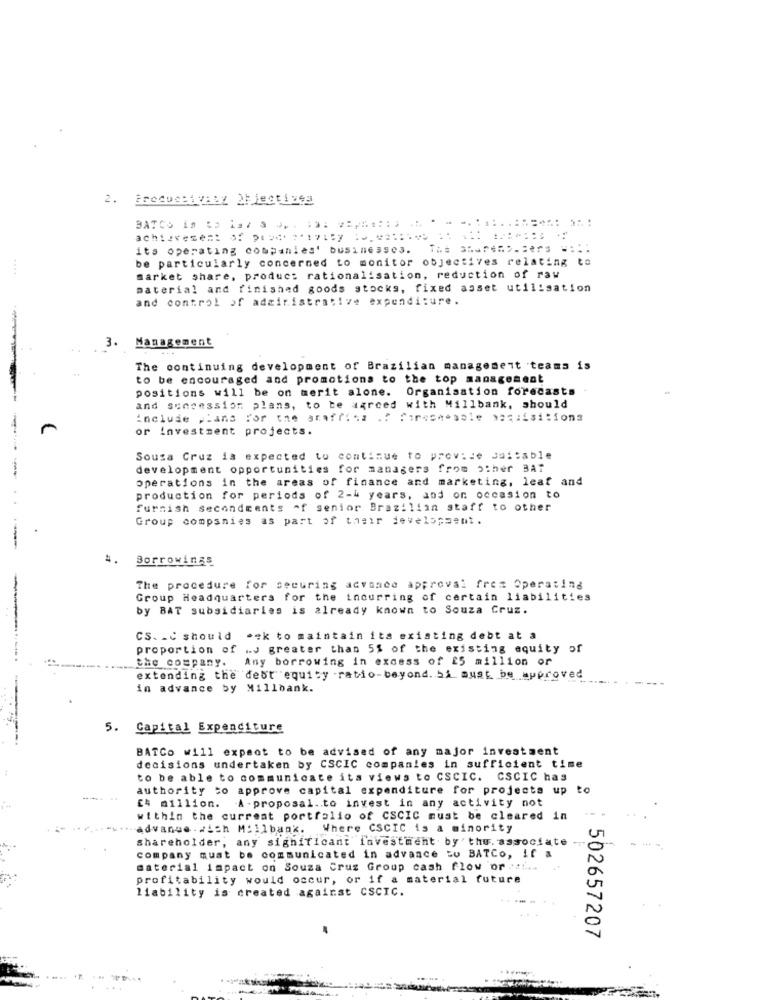
2. Productivity Objectives
achizvesent of prod* ** 1715y : ==:... . . ..
its operating companies' businesses.
be particularly concerned to monitor objectives relating to
market share, product rationalisation, reduction of raw
material and finished goods stocks, fixed asset utilisation
and control of administrative expenditure.
3.
Management
The continuing development of Brazilian management teams is
to be encouraged and promotions to the top management
positions will be on merit alone. Organisation forecasts
and suncession plans, to be agreed with Millbank, should
include plans For the arafrica .? Porschesale maquisitions
or investment projects.
Sousa Cruz is expected to continue to provide suitable
development opportunities for managers from other BAT
operations in the areas of finance and marketing, leaf and
production for periods of 2-4 years, and on occasion to
furnish secondments of senior Brazilian staff to other
Group companies as part of their development.
4.
Borrowings
-
The procedure for securing advance approval frez Operating
Group Headquarters for the incurring of certain liabilities
by BAT subsidiaries is already known to Souza Cruz.
CS. . C should .ek to maintain its existing debt at a
proportion of .. J greater than 5% of the existing equity of
----.
the company. Any borrowing in excess of 25 million or
extending the debt equity ratio-beyond. Si must be approved
in advance by Millbank.
5. Capital Expenditure
BATCo will expect to be advised of any major investment
decisions undertaken by CSCIC companies in sufficient time
to be able to communicate ita views to CSCIC. CSCIC has
authority to approve capital expenditure for projects up to
[4 million. A-proposal.to invest in any activity not
within the current portfolio of CSCIC must be cleared in
... advanwe . . ich Millbank. Where CSCIC is a minority
shareholder, any significant investment by thu. associate
company must be communicated in advance to BATCo, if a
material impact on Souza Cruz Group cash flow or .......
profitability would occur, or if a material future
liability is created against CSCIC.
502657207